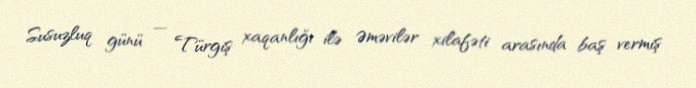
Susuzluq günü — Türgiş xaqanlığı ilə Əməvilər xilafəti arasında baş vermiş